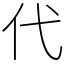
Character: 代